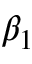
\beta _ { 1 }